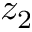
z _ { 2 }